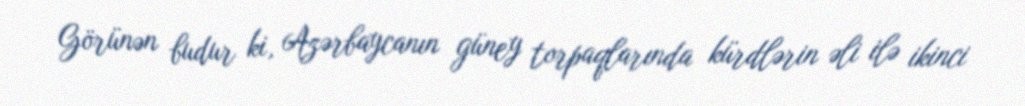
Görünən budur ki, Azərbaycanın güney torpaqlarında kürdlərin əli ilə ikinci